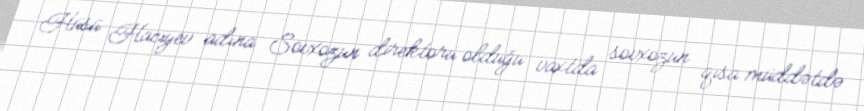
Hüsü Hacıyev adına Sovxozun direktoru olduğu vaxtda sovxozun qısa müddətdə